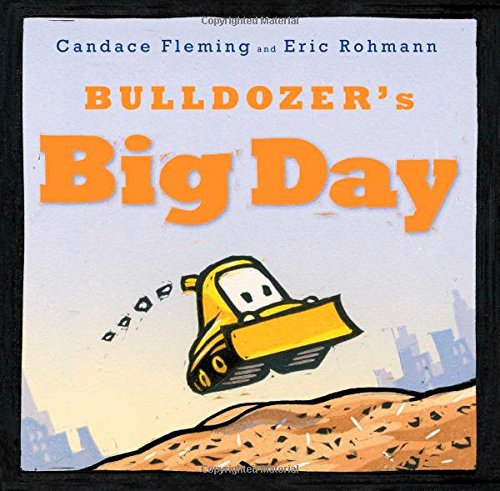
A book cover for Bulldozer's Big Day; Candace Fleming; Children's Books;